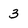
Character: 3